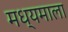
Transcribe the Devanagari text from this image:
मध्यमाला